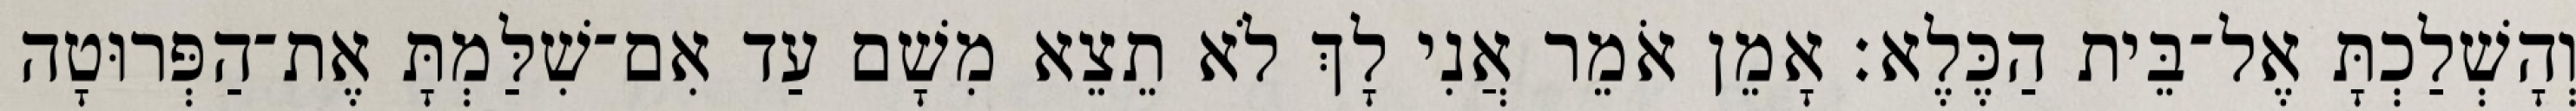
וְהָשְׁלַכְתָּ אֶל־בֵּית הַכֶּלֶא׃ אָמֵן אֹמֵר אֲנִי לָךְ לֹא תֵצֵא מִשָׁם עַד אִם־שִׁלַּמְתָּ אֶת־הַפְּרוּטָה